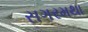
સગરમથા